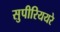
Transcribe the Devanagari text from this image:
सुपीरिययरे